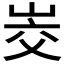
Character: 𰎜